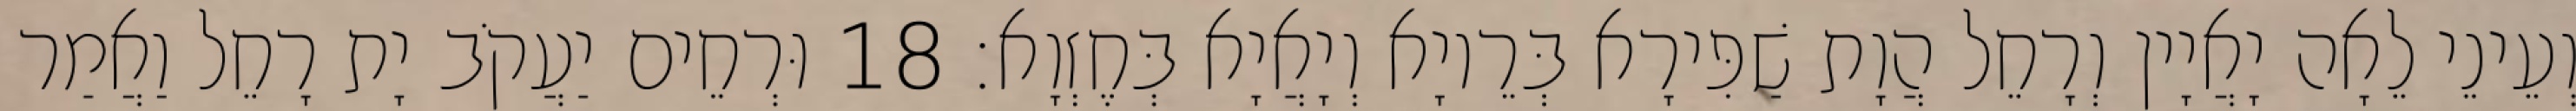
וְעֵינֵי לֵאָה יָאֲיָין וְרָחֵל הֲוָת שַׁפִּירָא בְּרֵיוָא וְיָאֲיָא בְּחֶזְוָא׃ 18 וּרְחֵים יַעֲקֹב יָת רָחֵל וַאֲמַר